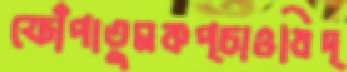
ফোঁপাতুমকপ্‌চাওবিদ্